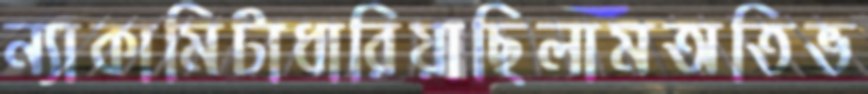
ন্যাকামিটাধারিয়াছিলামঅতিভ